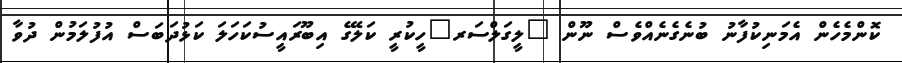
ކޮންމެހެން އެމަނިކުފާނު ބުނެގެނެއްވެސް ނޫން "ލީގަލްސަރ"ހީކުރީ ކަލޭގެ އިބޫރައީސުކަހަލަ ކަޅުދަބަސް އުފުލަމުން ދުވާ